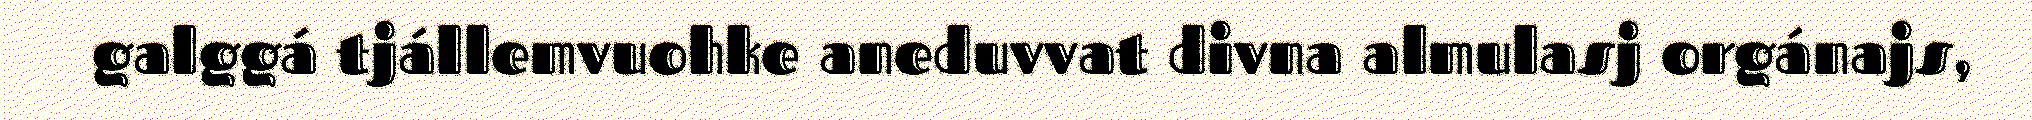
galggá tjállemvuohke aneduvvat divna almulasj orgánajs,